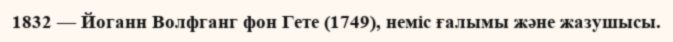
1832 — Йоганн Волфганг фон Гете (1749), неміс ғалымы және жазушысы.